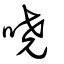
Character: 嘵